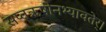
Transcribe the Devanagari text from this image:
सप्तऋषीनभ्यावतेर्।